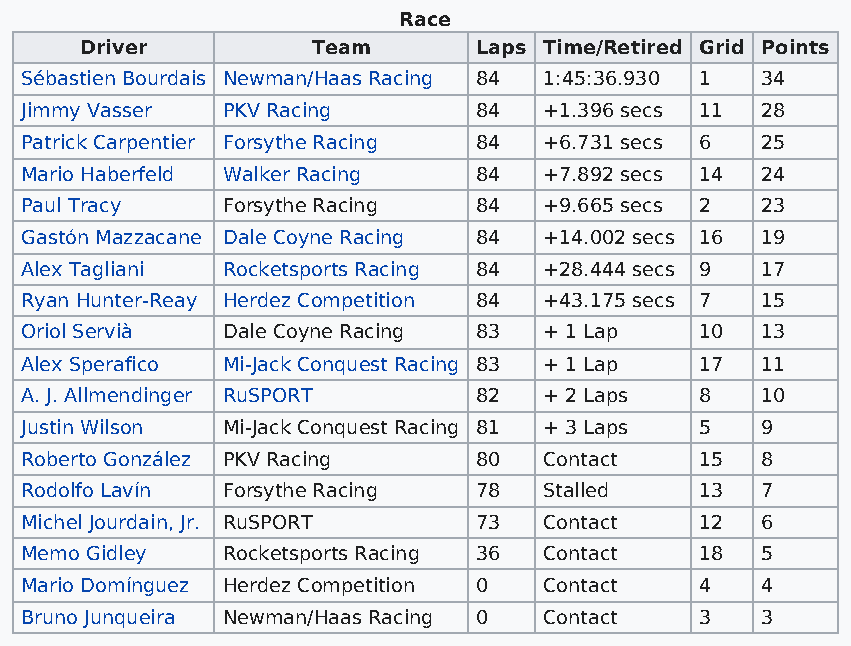
Race
 Driver          Team      Laps Time/Retired Grid Points
 Sébastien Bourdais Newman/Haas Racing 84 1:45:36.930 1 34
 Jimmy Vasser  PKV Racing      84   +1.396 secs 11 28
 Patrick Carpentier Forsythe Racing 84 +6.731 secs 6 25
 Mario Haberfeld Walker Racing 84   +7.892 secs 14 24
 Paul Tracy    Forsythe Racing 84   +9.665 secs 2 23
 Gastón Mazzacane Dale Coyne Racing 84 +14.002 secs 16 19
 Alex Tagliani Rocketsports Racing 84 +28.444 secs 9 17
 Ryan Hunter-Reay Herdez Competition 84 +43.175 secs 7 15
 Oriol Servià  Dale Coyne Racing 83 + 1 Lap   10  13
 Alex Sperafico Mi-Jack Conquest Racing 83 + 1 Lap 17 11
 A. J. Allmendinger RuSPORT    82   + 2 Laps  8   10
 Justin Wilson Mi-Jack Conquest Racing 81 + 3 Laps 5 9
 Roberto González PKV Racing   80   Contact   15  8
 Rodolfo Lavín Forsythe Racing 78   Stalled   13  7
 Michel Jourdain, Jr. RuSPORT  73   Contact   12  6
 Memo Gidley   Rocketsports Racing 36 Contact 18  5
 Mario Domínguez Herdez Competition 0 Contact 4   4
 Bruno Junqueira Newman/Haas Racing 0 Contact 3   3